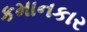
કમાનકાર